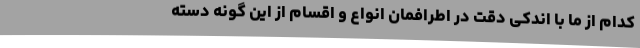
کدام از ما با اندکی دقت در اطرافمان انواع و اقسام از این گونه دسته